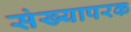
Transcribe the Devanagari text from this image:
संख्यापरक